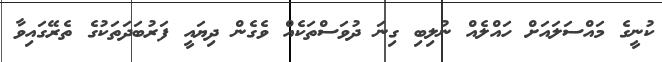
ކުނީގެ މައްސަލައަށް ހައްލެއް ނުލިބި ގިނަ ދުވަސްތަކެއް ވެގެން ދިޔައީ ފަރުބަދަތަކުގެ ތެރޭގައިވާ